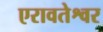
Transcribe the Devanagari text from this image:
एरावतेश्वर